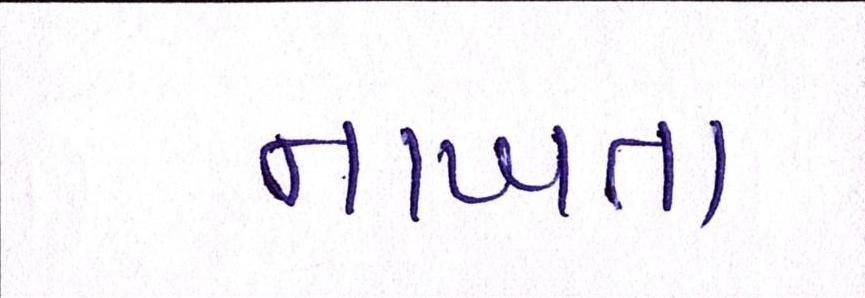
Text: નાખતા